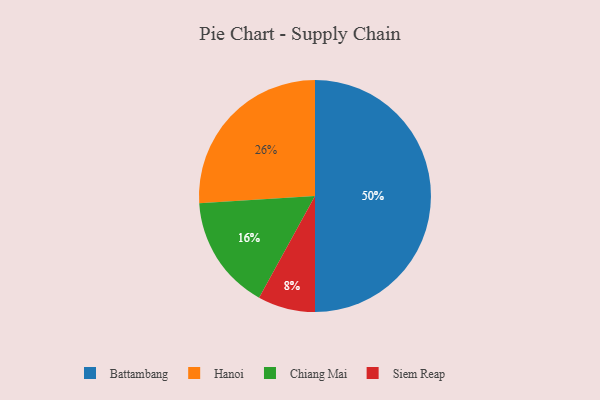
{"axis": {"x": "Category", "y": "Percentage"}, "legend": ["Battambang", "Chiang Mai", "Hanoi", "Siem Reap"], "data": [{"x": "Siem Reap", "y": 8, "type": "Siem Reap"}, {"x": "Chiang Mai", "y": 16, "type": "Chiang Mai"}, {"x": "Battambang", "y": 50, "type": "Battambang"}, {"x": "Hanoi", "y": 26, "type": "Hanoi"}]}